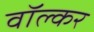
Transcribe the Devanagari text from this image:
वॉल्कर